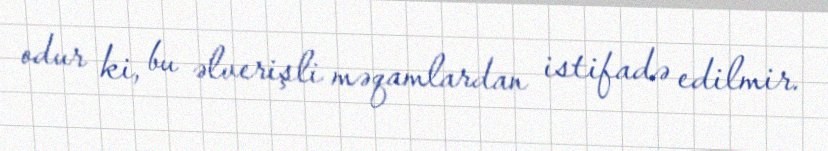
odur ki, bu əlverişli məqamlardan istifadə edilmir.